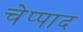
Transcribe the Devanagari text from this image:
चेप्पाद